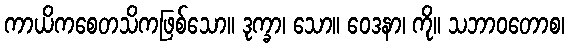
ကာယိကစေတသိကဖြစ်သော။ ဒုက္ခာ၊ သော။ ဝေဒနာ၊ ကို။ သဘာဝတောစ၊